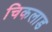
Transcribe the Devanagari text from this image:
चिकलाड